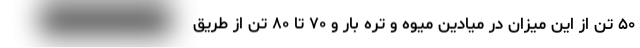
۵۰ تن از این میزان در میادین میوه و تره بار و ۷۰ تا ۸۰ تن از طریق